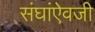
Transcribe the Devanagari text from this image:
संघांऐवजी